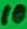
Text: 10